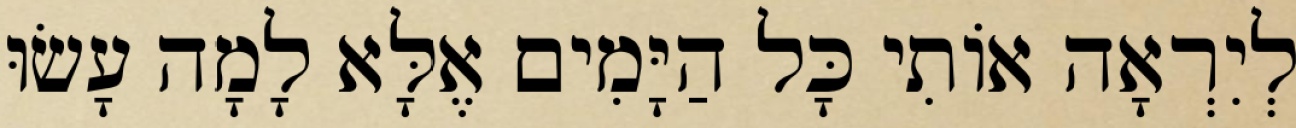
לְיִרְאָה אוֹתִי כָּל הַיָּמִים אֶלָּא לָמָה עָשׂוּ